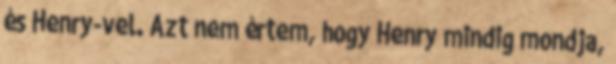
és Henry-vel. Azt nem értem, hogy Henry mindig mondja,